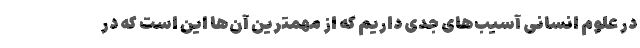
در علوم انسانی آسیب‌های جدی داریم که از مهمترین آن‌ها این است که در